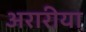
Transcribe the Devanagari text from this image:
अरारीया